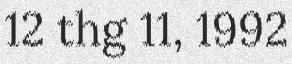
12 thg 11, 1992